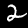
Label: 2